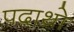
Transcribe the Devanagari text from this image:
पदाथ्रो